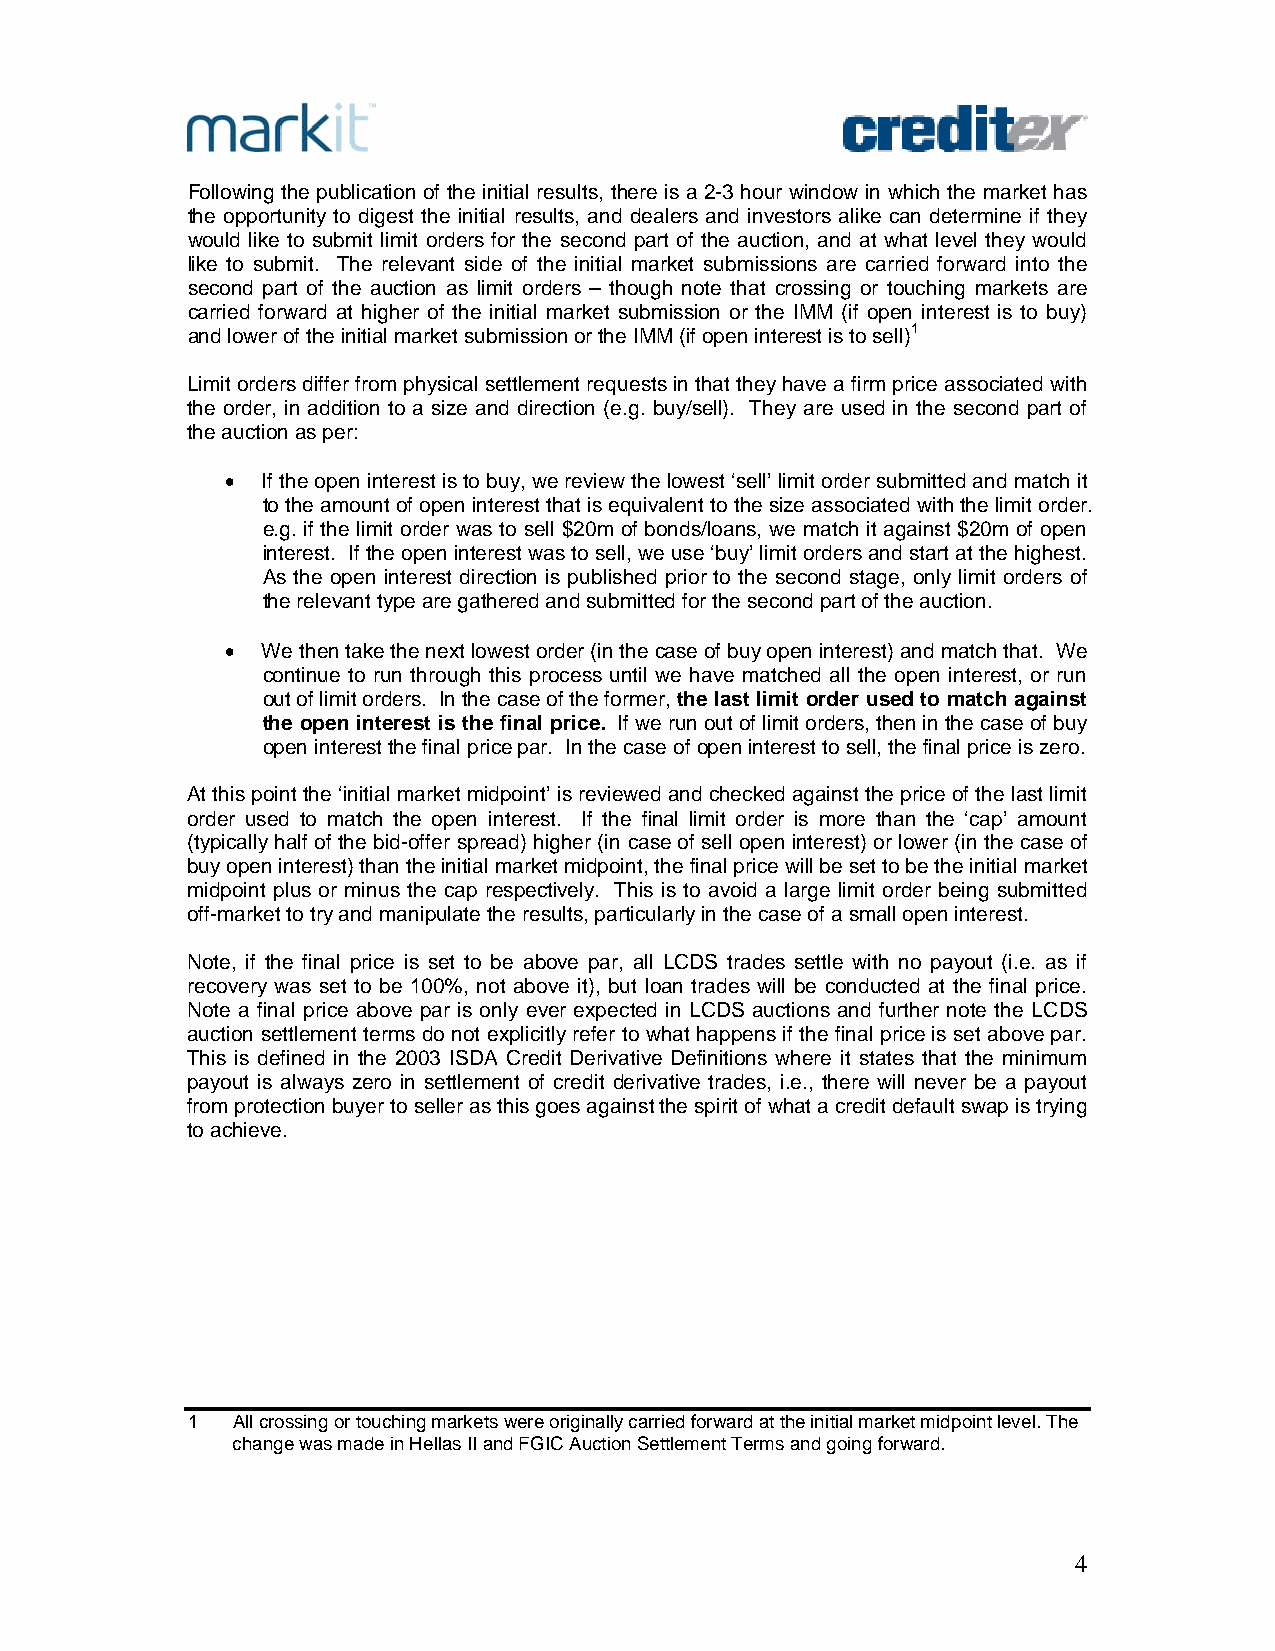
Following the publication of the initial results, there is a 2-3 hour window in which the market has
 the opportunity to digest the initial results, and dealers and investors alike can determine if they
 would like to submit limit orders for the second part of the auction, and at what level they would
 like to submit. The relevant side of the initial market submissions are carried forward into the
 second part of the auction as limit orders – though note that crossing or touching markets are
 carried forward at higher of the initial market submission or the IMM (if open interest is to buy)
 and lower of the initial market submission or the IMM (if open interest is to sell)1
 Limit orders differ from physical settlement requests in that they have a firm price associated with
 the order, in addition to a size and direction (e.g. buy/sell). They are used in the second part of
 the auction as per:
  If the open interest is to buy, we review the lowest ‘sell’ limit order submitted and match it
 to the amount of open interest that is equivalent to the size associated with the limit order.
 e.g. if the limit order was to sell $20m of bonds/loans, we match it against $20m of open
 interest. If the open interest was to sell, we use ‘buy’ limit orders and start at the highest.
 As the open interest direction is published prior to the second stage, only limit orders of
 the relevant type are gathered and submitted for the second part of the auction.
  We then take the next lowest order (in the case of buy open interest) and match that. We
 continue to run through this process until we have matched all the open interest, or run
 out of limit orders. In the case of the former, the last limit order used to match against
 the open interest is the final price. If we run out of limit orders, then in the case of buy
 open interest the final price par. In the case of open interest to sell, the final price is zero.
 At this point the ‘initial market midpoint’ is reviewed and checked against the price of the last limit
 order used to match the open interest. If the final limit order is more than the ‘cap’ amount
 (typically half of the bid-offer spread) higher (in case of sell open interest) or lower (in the case of
 buy open interest) than the initial market midpoint, the final price will be set to be the initial market
 midpoint plus or minus the cap respectively. This is to avoid a large limit order being submitted
 off-market to try and manipulate the results, particularly in the case of a small open interest.
 Note, if the final price is set to be above par, all LCDS trades settle with no payout (i.e. as if
 recovery was set to be 100%, not above it), but loan trades will be conducted at the final price.
 Note a final price above par is only ever expected in LCDS auctions and further note the LCDS
 auction settlement terms do not explicitly refer to what happens if the final price is set above par.
 This is defined in the 2003 ISDA Credit Derivative Definitions where it states that the minimum
 payout is always zero in settlement of credit derivative trades, i.e., there will never be a payout
 from protection buyer to seller as this goes against the spirit of what a credit default swap is trying
 to achieve.
 1  All crossing or touching markets were originally carried forward at the initial market midpoint level. The
 change was made in Hellas II and FGIC Auction Settlement Terms and going forward.
 4